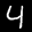
Label: 4